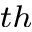
^ { t h }